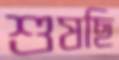
শুষছি